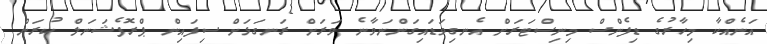
އަނެއްކާ މިހާރުގެ ޑިފެންސް މިނިސްޓަރަށް އެނގިވަޑައިގަންނަވާނެ ވަރަށް ރަނގަޅަށް ސިފައިން ޕްރޮފެޝަނަލް ކުރަން